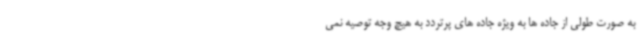
به صورت طولی از جاده ها به ویژه جاده های پرتردد به هیچ وجه توصیه نمی